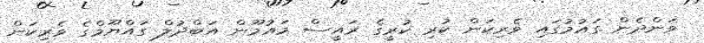
ވަންދެން ގައުމުގައި ވެރިކަން ކުރި ކުރީގެ ރައީސް މައުމޫން އަބްދުލް ގައްޔޫމްގެ ވެރިކަން